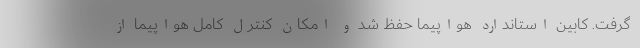
گرفت. کابین استاندارد هواپیما حفظ شد و امکان کنترل کامل هواپیما از